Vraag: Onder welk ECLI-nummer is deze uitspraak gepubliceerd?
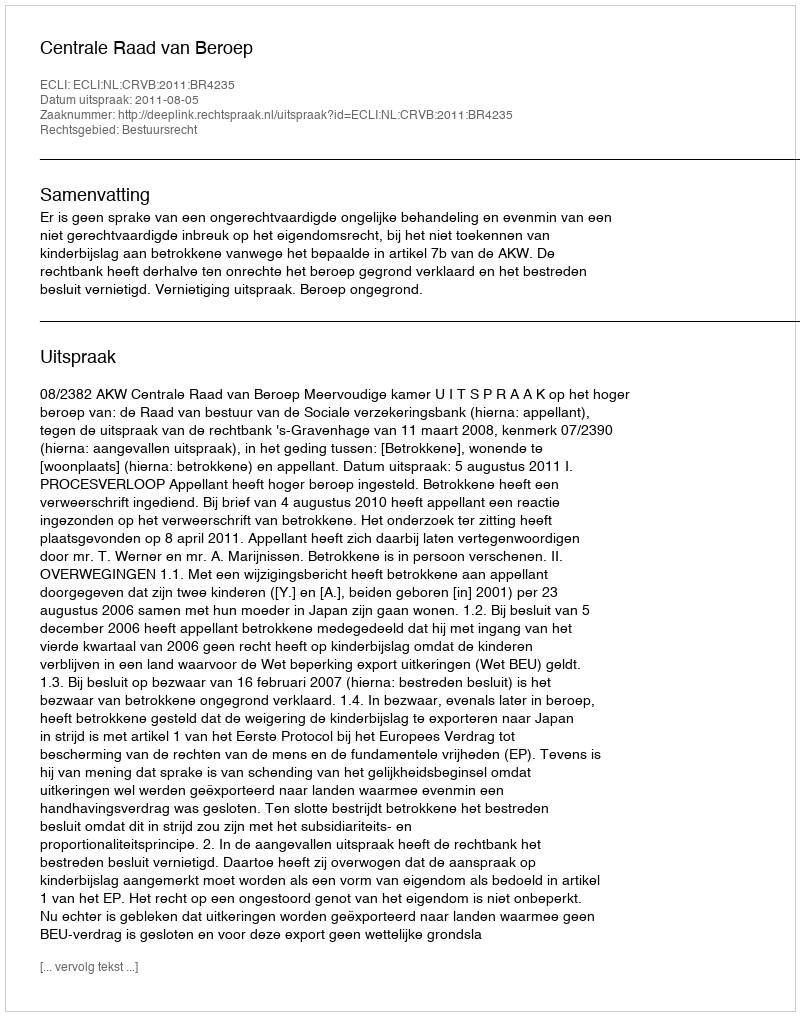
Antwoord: ECLI:NL:CRVB:2011:BR4235